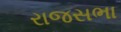
રાજસભા